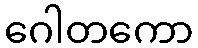
ဂေါတကော